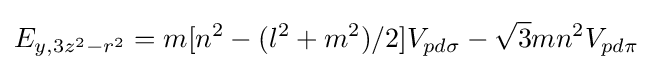
E_{y,3z^{2}-r^{2}}=m[n^{2}-(l^{2}+m^{2})/2]V_{pd\sigma }-{\sqrt {3}}mn^{2}V_{pd\pi }